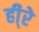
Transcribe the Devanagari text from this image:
ही्रे